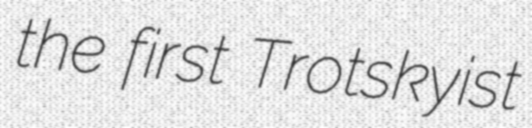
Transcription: the first Trotskyist